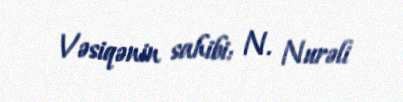
Vəsiqənin sahibi: N. Nurəli